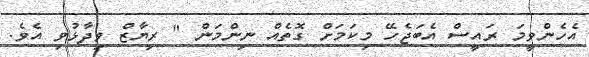
އެހެންވީމަ ރައީސް އެބަޖެހޭ މިކަމަށް ގޮތެއް ނިންމަން " ރިޔާޒް ވިދާޅުވި އެވެ.